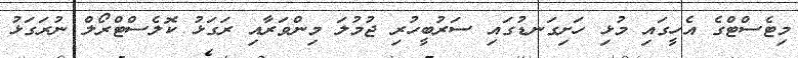
މިޓެސްޓްގެ އެހީގައި މުޅި ހަށިގަނޑުގައި ސަރުބީހުރި ޖުމުލަ މިންވަރާއި ރަގަޅު ކޮލެސްޓްރޯލް ނުރަގަޅު